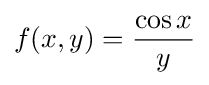
f(x,y)={\frac {\cos x}{y}}